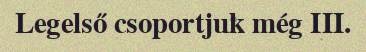
Legelső csoportjuk még III.